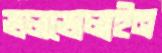
ভলভোলাইন